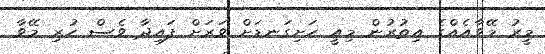
މީރު މޭވާއެއްގެ އިތުރުން މިއީ ހަށިގަނޑަށް ވަރަށް ފައިދާ ވެސް ހުރި މޭވާ